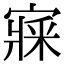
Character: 𡪘